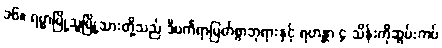
၁၆။ ရမ္မာမြို့သူမြို့သားတို့သည် ဒီပင်္ကရာမြတ်စွာဘုရားနှင့် ရဟန္တာ ၄ သိန်းကိုဆွမ်းကပ်